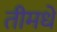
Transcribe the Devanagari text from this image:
तीमधे